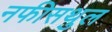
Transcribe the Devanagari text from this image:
नफीसथुल